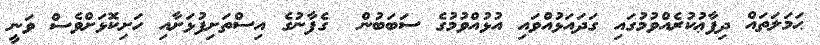
ޙަމަލަތައް ދިފާޢުކުރެއްވުމުގައި ގަދައަޅުއްވައި އުޅުއްވުމުގެ ސަބަބުން  ގެފާނުގެ އިސްތަށިފުޅަށާއި ހަށިކޮޅަށްވެސް ވަނީ